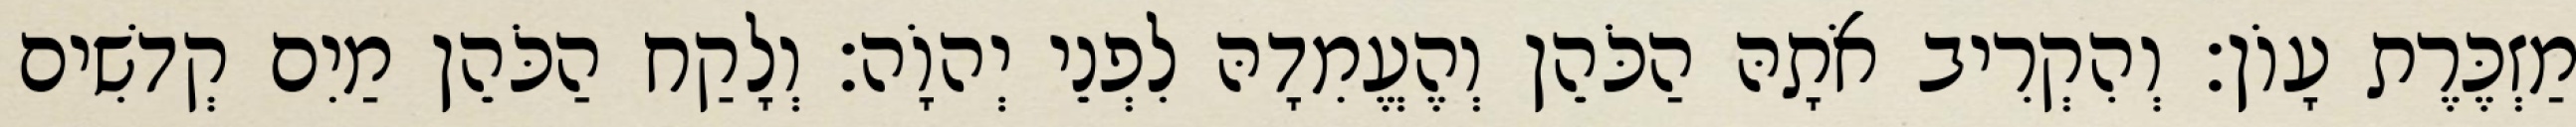
מַזְכֶּרֶת עָוֹן׃ וְהִקְרִיב אֹתָהּ הַכֹּהֵן וְהֶעֱמִדָהּ לִפְנֵי יְהוָֹה׃ וְלָקַח הַכֹּהֵן מַיִם קְדשִׁים